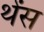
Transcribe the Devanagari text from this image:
थेंस